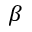
\beta